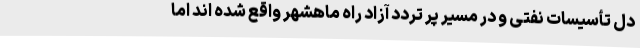
دل تأسیسات نفتی و در مسیر پر تردد آزاد راه ماهشهر واقع شده اند اما